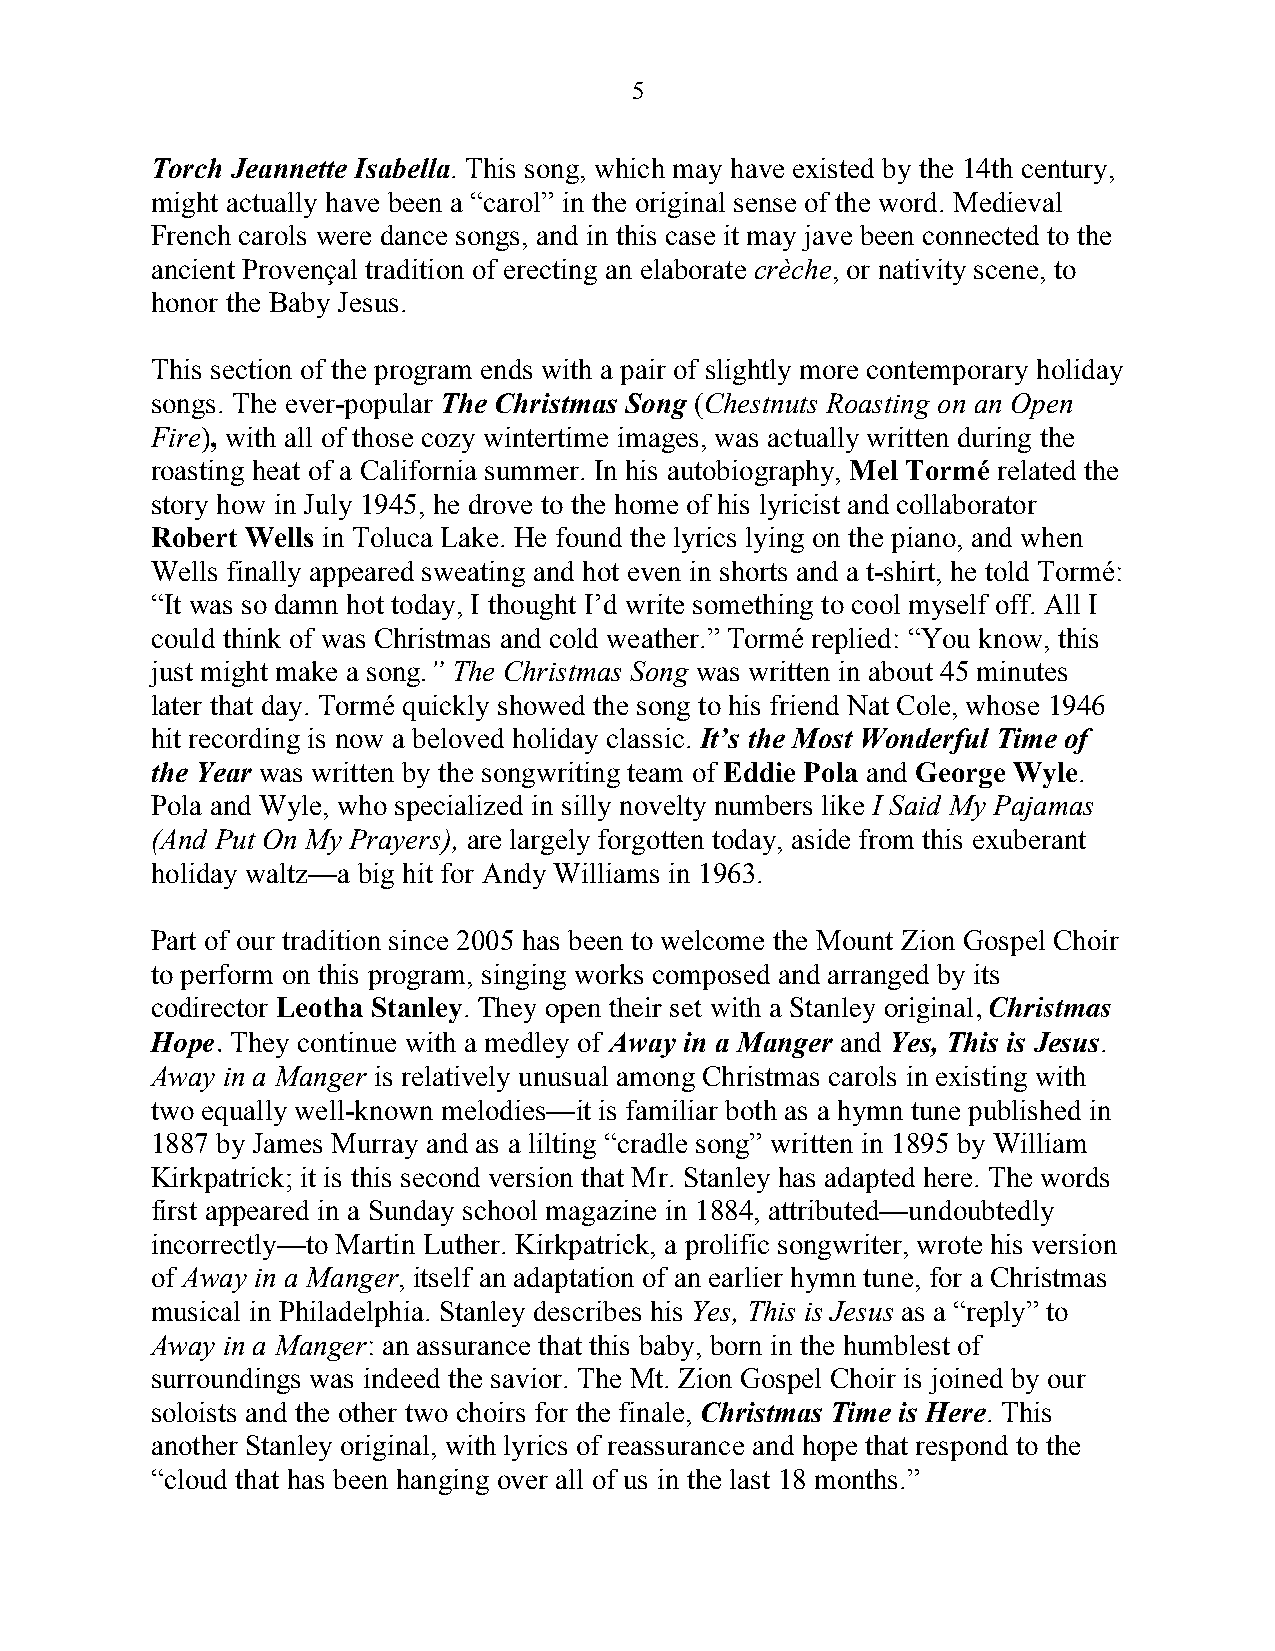
5
 Torch Jeannette Isabella. This song, which may have existed by the 14th century,
 might actually have been a “carol” in the original sense of the word. Medieval
 French carols were dance songs, and in this case it may jave been connected to the
 ancient Provençal tradition of erecting an elaborate crèche, or nativity scene, to
 honor the Baby Jesus.
 This section of the program ends with a pair of slightly more contemporary holiday
 songs. The ever-popular The Christmas Song (Chestnuts Roasting on an Open
 Fire), with all of those cozy wintertime images, was actually written during the
 roasting heat of a California summer. In his autobiography, Mel Tormé related the
 story how in July 1945, he drove to the home of his lyricist and collaborator
 Robert Wells in Toluca Lake. He found the lyrics lying on the piano, and when
 Wells finally appeared sweating and hot even in shorts and a t-shirt, he told Tormé:
 “It was so damn hot today, I thought I’d write something to cool myself off. All I
 could think of was Christmas and cold weather.” Tormé replied: “You know, this
 just might make a song.” The Christmas Song was written in about 45 minutes
 later that day. Tormé quickly showed the song to his friend Nat Cole, whose 1946
 hit recording is now a beloved holiday classic. It’s the Most Wonderful Time of
 the Year was written by the songwriting team of Eddie Pola and George Wyle.
 Pola and Wyle, who specialized in silly novelty numbers like I Said My Pajamas
 (And Put On My Prayers), are largely forgotten today, aside from this exuberant
 holiday waltz—a big hit for Andy Williams in 1963.
 Part of our tradition since 2005 has been to welcome the Mount Zion Gospel Choir
 to perform on this program, singing works composed and arranged by its
 codirector Leotha Stanley. They open their set with a Stanley original, Christmas
 Hope. They continue with a medley of Away in a Manger and Yes, This is Jesus.
 Away in a Manger is relatively unusual among Christmas carols in existing with
 two equally well-known melodies—it is familiar both as a hymn tune published in
 1887 by James Murray and as a lilting “cradle song” written in 1895 by William
 Kirkpatrick; it is this second version that Mr. Stanley has adapted here. The words
 first appeared in a Sunday school magazine in 1884, attributed—undoubtedly
 incorrectly—to Martin Luther. Kirkpatrick, a prolific songwriter, wrote his version
 of Away in a Manger, itself an adaptation of an earlier hymn tune, for a Christmas
 musical in Philadelphia. Stanley describes his Yes, This is Jesus as a “reply” to
 Away in a Manger: an assurance that this baby, born in the humblest of
 surroundings was indeed the savior. The Mt. Zion Gospel Choir is joined by our
 soloists and the other two choirs for the finale, Christmas Time is Here. This
 another Stanley original, with lyrics of reassurance and hope that respond to the
 “cloud that has been hanging over all of us in the last 18 months.”